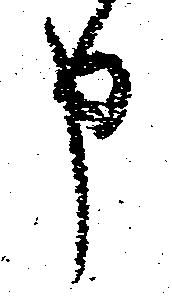
申